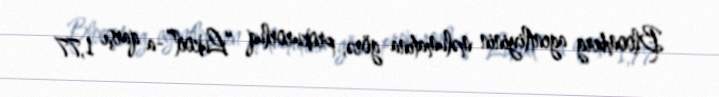
Bloomberg agentliyinin məlumatına görə, prokurorluq “Lukoil”-a qarşı 1,77